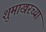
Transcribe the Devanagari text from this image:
शुमाखरच्या